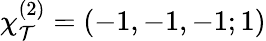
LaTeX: \chi_{\mathcal{T}}^{(2)}=(-1,-1,-1;1)